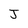
Character: J